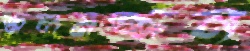
জলমজ্জন